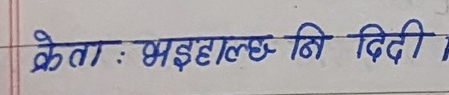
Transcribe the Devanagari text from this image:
केता : भइहाल्छ नि दिदी